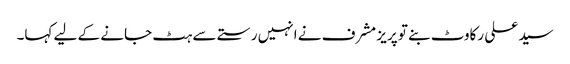
سید علی رکاوٹ بنے تو پریز مشرف نے انہیں رستے سے ہٹ جانے کے لیے کہا۔